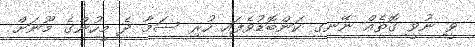
ވީ ނުވީ ގޮތެއް ނޭނގި ކަންބޮޑުވެފައި ހުރި ސަމާ ދެ މީހުންގެ މޫނަށް